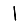
Digit: 1